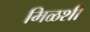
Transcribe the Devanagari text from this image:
मिळशी